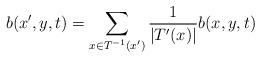
LaTeX: \begin{align*} b(x',y,t)=\sum_{x\in T^{-1}(x')} \frac{1}{|T'(x)|}b(x,y,t)\end{align*}